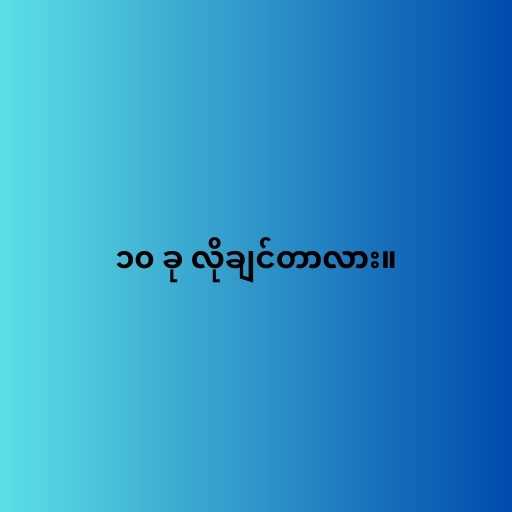
၁၀ ခု လိုချင်တာလား။